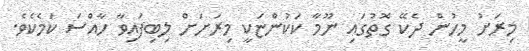
މިރަށު މީހުން ދެކޭ ގޮތުގައި ނޫމާ ކަކުންޏަކީ މިރަށަށް ލިބިފައިވާ ހާއްސަ ކަމެކެވެ.